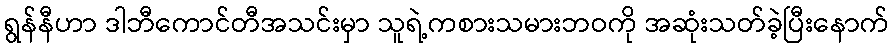
ရွန်နီဟာ ဒါဘီကောင်တီအသင်းမှာ သူရဲ့ကစားသမားဘဝကို အဆုံးသတ်ခဲ့ပြီးနောက်